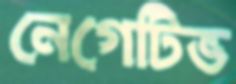
নেগেটিভ